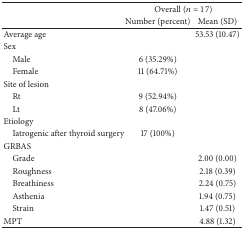
<table><thead><tr><td><b> </b></td><td colspan="2"><b>Overall (<i>n</i> = 17)</b></td></tr><tr><td><b> </b></td><td><b>Number (percent)</b></td><td><b>Mean (SD)</b></td></tr></thead><tbody><tr><td>Average age</td><td> </td><td>53.53 (10.47)</td></tr><tr><td>Sex</td><td> </td><td> </td></tr><tr><td> Male </td><td>6 (35.29%)</td><td> </td></tr><tr><td> Female </td><td>11 (64.71%)</td><td> </td></tr><tr><td>Site of lesion</td><td> </td><td> </td></tr><tr><td> Rt</td><td>9 (52.94%)</td><td> </td></tr><tr><td> Lt</td><td>8 (47.06%)</td><td> </td></tr><tr><td>Etiology</td><td> </td><td> </td></tr><tr><td> Iatrogenic after thyroid surgery </td><td>17 (100%)</td><td> </td></tr><tr><td>GRBAS</td><td> </td><td> </td></tr><tr><td> Grade</td><td> </td><td>2.00 (0.00)</td></tr><tr><td> Roughness</td><td> </td><td>2.18 (0.39)</td></tr><tr><td> Breathiness</td><td> </td><td>2.24 (0.75)</td></tr><tr><td> Asthenia</td><td> </td><td>1.94 (0.75)</td></tr><tr><td> Strain</td><td> </td><td>1.47 (0.51)</td></tr><tr><td>MPT</td><td> </td><td>4.88 (1.32)</td></tr></tbody></table>